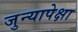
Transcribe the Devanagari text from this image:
जुन्यापेक्षा